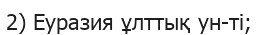
2) Еуразия ұлттық ун-ті;